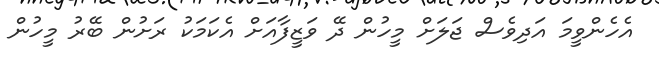
އެހެންވީމަ އަދިވެސް ޖަލަށް މީހުން ދޭ ވަޒީފާއަށް އެކަމަކު ރަށުން ބޭރު މީހުން